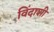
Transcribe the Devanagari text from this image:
विंदाशी